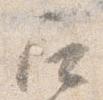
召